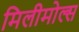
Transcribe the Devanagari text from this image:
मिलीमोल्स